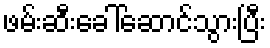
ဖမ်းဆီးခေါ်ဆောင်သွားပြီး